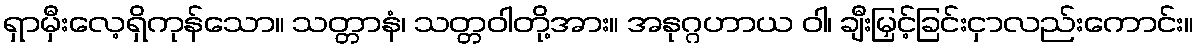
ရှာမှီးလေ့ရှိကုန်သော။ သတ္တာနံ၊ သတ္တဝါတို့အား။ အနုဂ္ဂဟာယ ဝါ၊ ချီးမြှင့်ခြင်းငှာလည်းကောင်း။